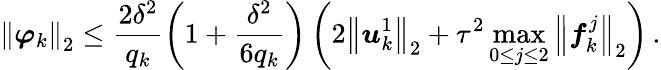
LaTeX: {\left\| {\boldsymbol{\varphi}}_{k}\right\| }_{2}\leq\frac{2{\delta}^{2}}{{q}_{k}}\left(1+\frac{{\delta}^{2}}{6{q}_{k}}\right)\left(2{\left\| {\boldsymbol{u}}_{k}^{1}\right\| }_{2}+{\tau}^{2}\operatorname*{max}_{0\leq j\leq 2}{{\left\| {\boldsymbol{f}}_{k}^{j}\right\| }_{2}}\right)\, .